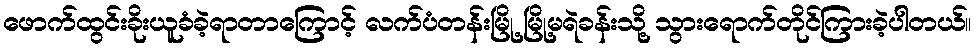
ဖောက်ထွင်းခိုးယူခံခဲ့ရာတာကြောင့် လက်ပံတန်းမြို့ မြို့မရဲခန်းသို့ သွားရောက်တိုင်ကြားခဲ့ပါတယ်။